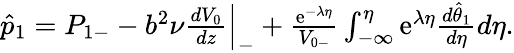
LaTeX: \begin{array}{r}{\hat{p}_{1}=P_{1-}-b^{2}\nu\frac{dV_{0}}{dz}\Big|_{-}+\frac{\mathrm{e}^{-\lambda\eta}}{V_{0-}}\int_{-\infty}^{\eta}\mathrm{e}^{\lambda\eta}\frac{d\hat{\theta}_{1}}{d\eta}d\eta.}\end{array}